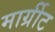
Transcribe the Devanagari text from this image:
मार्ग्रीट